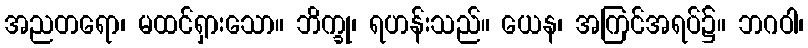
အညတရော၊ မထင်ရှားသော။ ဘိက္ခု၊ ရဟန်းသည်။ ယေန၊ အကြင်အရပ်၌။ ဘဂဝါ၊